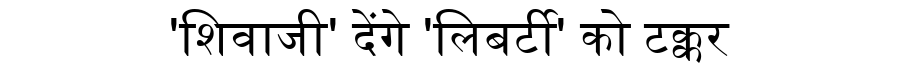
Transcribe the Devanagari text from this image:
'शिवाजी' देंगे 'लिबर्टी' को टक्कर